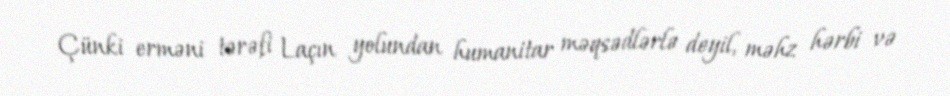
Çünki erməni tərəfi Laçın yolundan humanitar məqsədlərlə deyil, məhz hərbi və